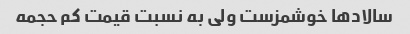
سالادها خوشمزست ولی به نسبت قیمت کم حجمه